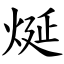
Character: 烻